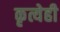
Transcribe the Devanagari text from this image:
कृत्येही